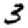
Digit: 3